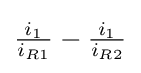
{\tfrac {i_{1}}{i_{R1}}}-{\tfrac {i_{1}}{i_{R2}}}